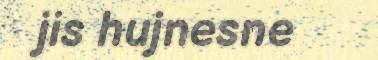
jis hujnesne